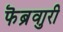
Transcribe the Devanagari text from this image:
फॆब्रुवारी